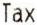
TAX